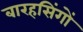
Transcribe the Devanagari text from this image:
बारहसिंगों